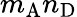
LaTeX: m_{\mathrm{A}}n_{\mathrm{D}}